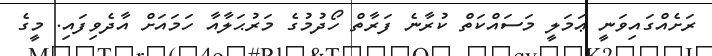
ރަށެއްގައިވަނީ ޢަމަލީ މަސައްކަތް ކުރާނެ ފަރާތް ހޯދުމުގެ މަރުޙަލާއާ ހަމައަށް އާދެވިފައި. މީގެ